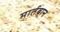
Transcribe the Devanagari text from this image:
मार्तबान